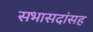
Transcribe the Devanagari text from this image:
सभासदांसह